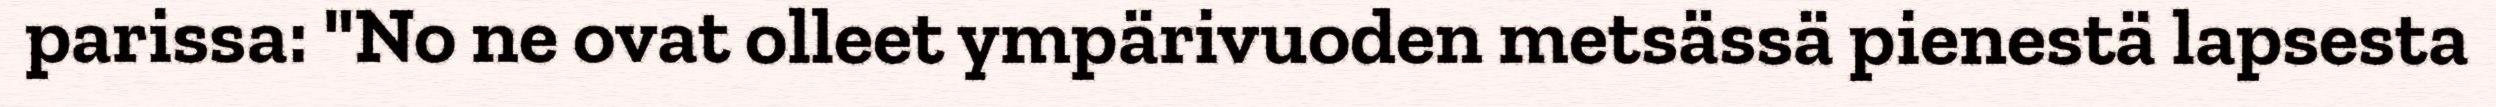
parissa: "No ne ovat olleet ympärivuoden metsässä pienestä lapsesta